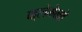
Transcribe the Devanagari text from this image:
क्लेमेनते